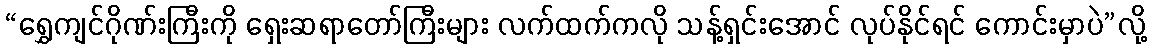
“ရွှေကျင်ဂိုဏ်းကြီးကို ရှေးဆရာတော်ကြီးများ လက်ထက်ကလို သန့်ရှင်းအောင် လုပ်နိုင်ရင် ကောင်းမှာပဲ”လို့